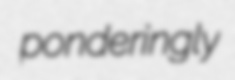
ponderingly